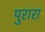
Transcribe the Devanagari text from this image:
पुरारा